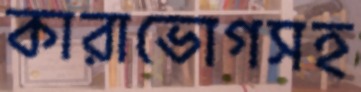
কারাভোগসহ